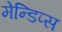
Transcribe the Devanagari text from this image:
मेन्डिप्स